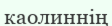
каолиннің